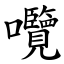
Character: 囕